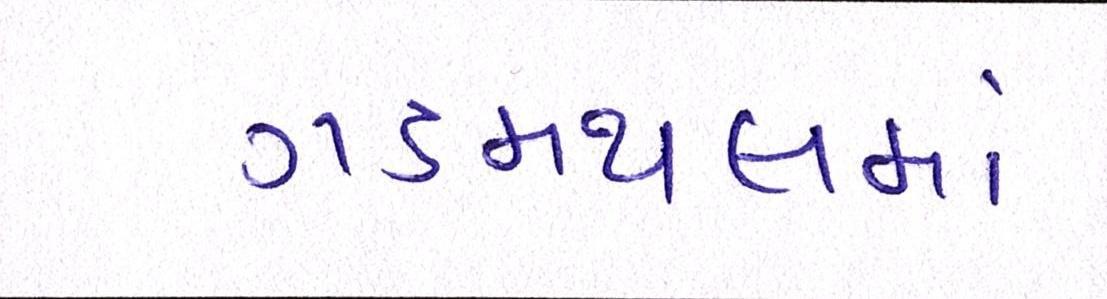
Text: ગડમથલમાં